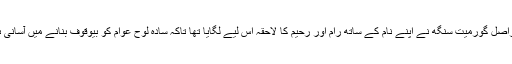
دراصل گورمیت سنگھ نے اپنے نام کے ساتھ رام اور رحیم کا لاحقہ اس لیے لگایا تھا تاکہ سادہ لوح عوام کو بیوقوف بنانے میں آسانی ہو۔